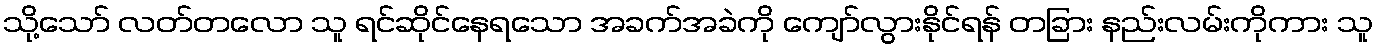
သို့သော် လတ်တလော သူ ရင်ဆိုင်နေရသော အခက်အခဲကို ကျော်လွားနိုင်ရန် တခြား နည်းလမ်းကိုကား သူ